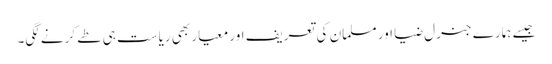
جیسے ہمارے جنرل ضیا اور مسلمان کی تعریف اور معیار بھی ریاست ہی طے کرنے لگی۔